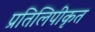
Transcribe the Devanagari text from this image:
प्रतिलिपीकृत